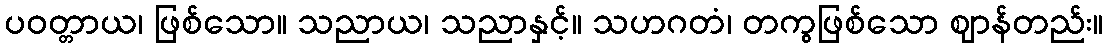
ပဝတ္တာယ၊ ဖြစ်သော။ သညာယ၊ သညာနှင့်။ သဟဂတံ၊ တကွဖြစ်သော ဈာန်တည်း။